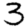
Digit: 3